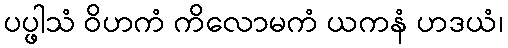
ပပ္ဖါသံ ဝိဟကံ ကိလောမကံ ယကနံ ဟဒယံ၊